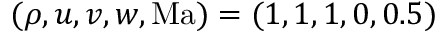
( \rho , u , v , w , \mathrm { M a } ) = ( 1 , 1 , 1 , 0 , 0 . 5 )